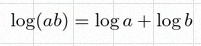
\log(ab)=\log a+\log b